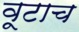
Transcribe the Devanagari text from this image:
वूटाच